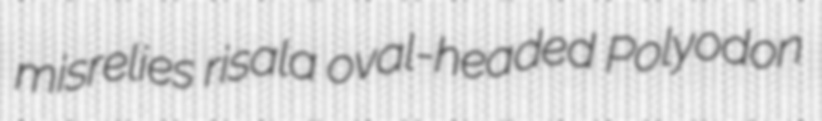
misrelies risala oval-headed Polyodon